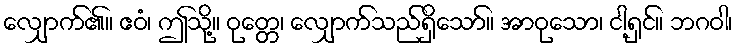
လျှောက်၏။ ဧဝံ၊ ဤသို့။ ဝုတ္တေ၊ လျှောက်သည်ရှိသော်။ အာဝုသော၊ ငါ့ရှင်။ ဘဂဝါ၊